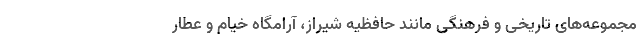
مجموعه‌های تاریخی و فرهنگی مانند حافظیه شیراز، آرامگاه خیام و عطار